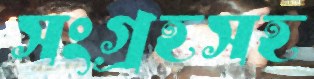
সংগ্রহসহ